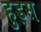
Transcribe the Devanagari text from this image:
हुड्स